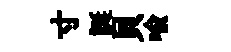
寸誕貝喩